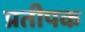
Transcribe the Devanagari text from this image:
प्रतीपक